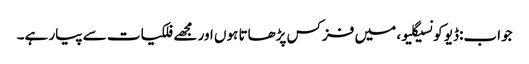
جواب:ڈیو کونسیگلیو، میں فزکس پڑھاتا ہوں اور مجھے فلکیات سے پیار ہے۔